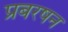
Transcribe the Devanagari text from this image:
प्रबरषन